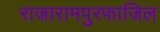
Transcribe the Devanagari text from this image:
राजारामपुरफाजिल